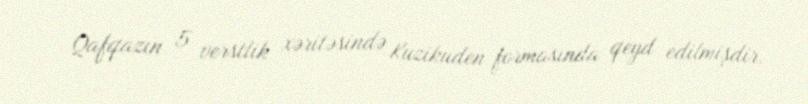
Qafqazın 5 verstlik xəritəsində Kuzikuden formasında qeyd edilmişdir.